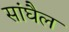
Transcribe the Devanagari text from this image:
सांघैल